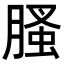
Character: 𦞣